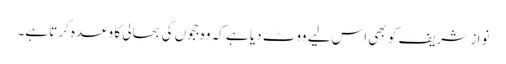
نواز شریف کو بھی اس لیے ووٹ دیا ہے کہ وہ ججوں کی بحالی کا وعدہ کرتا ہے۔